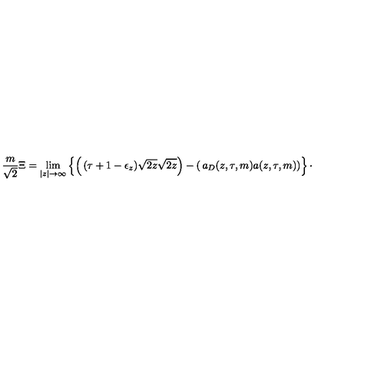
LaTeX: { \frac { m } { \sqrt { 2 } } } \Xi = \lim _ { | z | \rightarrow \infty } \left\lbrace \left( \begin{matrix} { ( \tau + 1 - \epsilon _ { z } ) \sqrt { 2 z } } \\ { \sqrt { 2 z } } \\ \end{matrix} \right) - \left( \begin{matrix} { a _ { D } ( z , \tau , m ) } \\ { a ( z , \tau , m ) } \\ \end{matrix} \right) \right\rbrace \cdotp